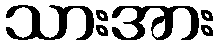
သားအား